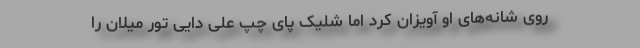
روی شانه‌های او آویزان کرد اما شلیک پای چپ علی دایی تور میلان را